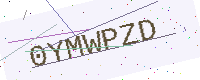
Text: 0YMWPZD